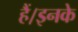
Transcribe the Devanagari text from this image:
हैं।इनके